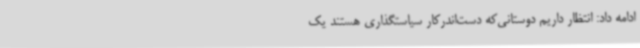
ادامه داد: انتظار داریم دوستانی‌که دست‌اندرکار سیاستگذاری هستند یک